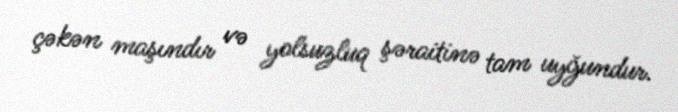
çəkən maşındır və yolsuzluq şəraitinə tam uyğundur.